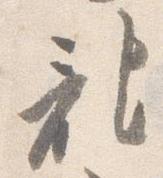
記